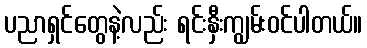
ပညာရှင်တွေနဲ့လည်း ရင်းနှီးကျွမ်းဝင်ပါတယ်။